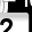
Digit: 2